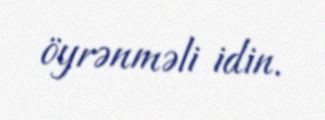
öyrənməli idin.